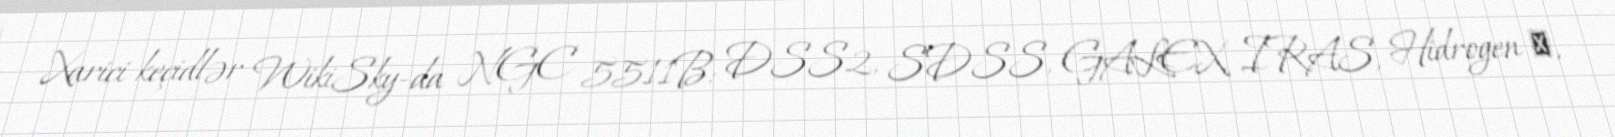
Xarici keçidlər WikiSky-da NGC 5511B: DSS2, SDSS, GALEX, IRAS, Hidrogen α,